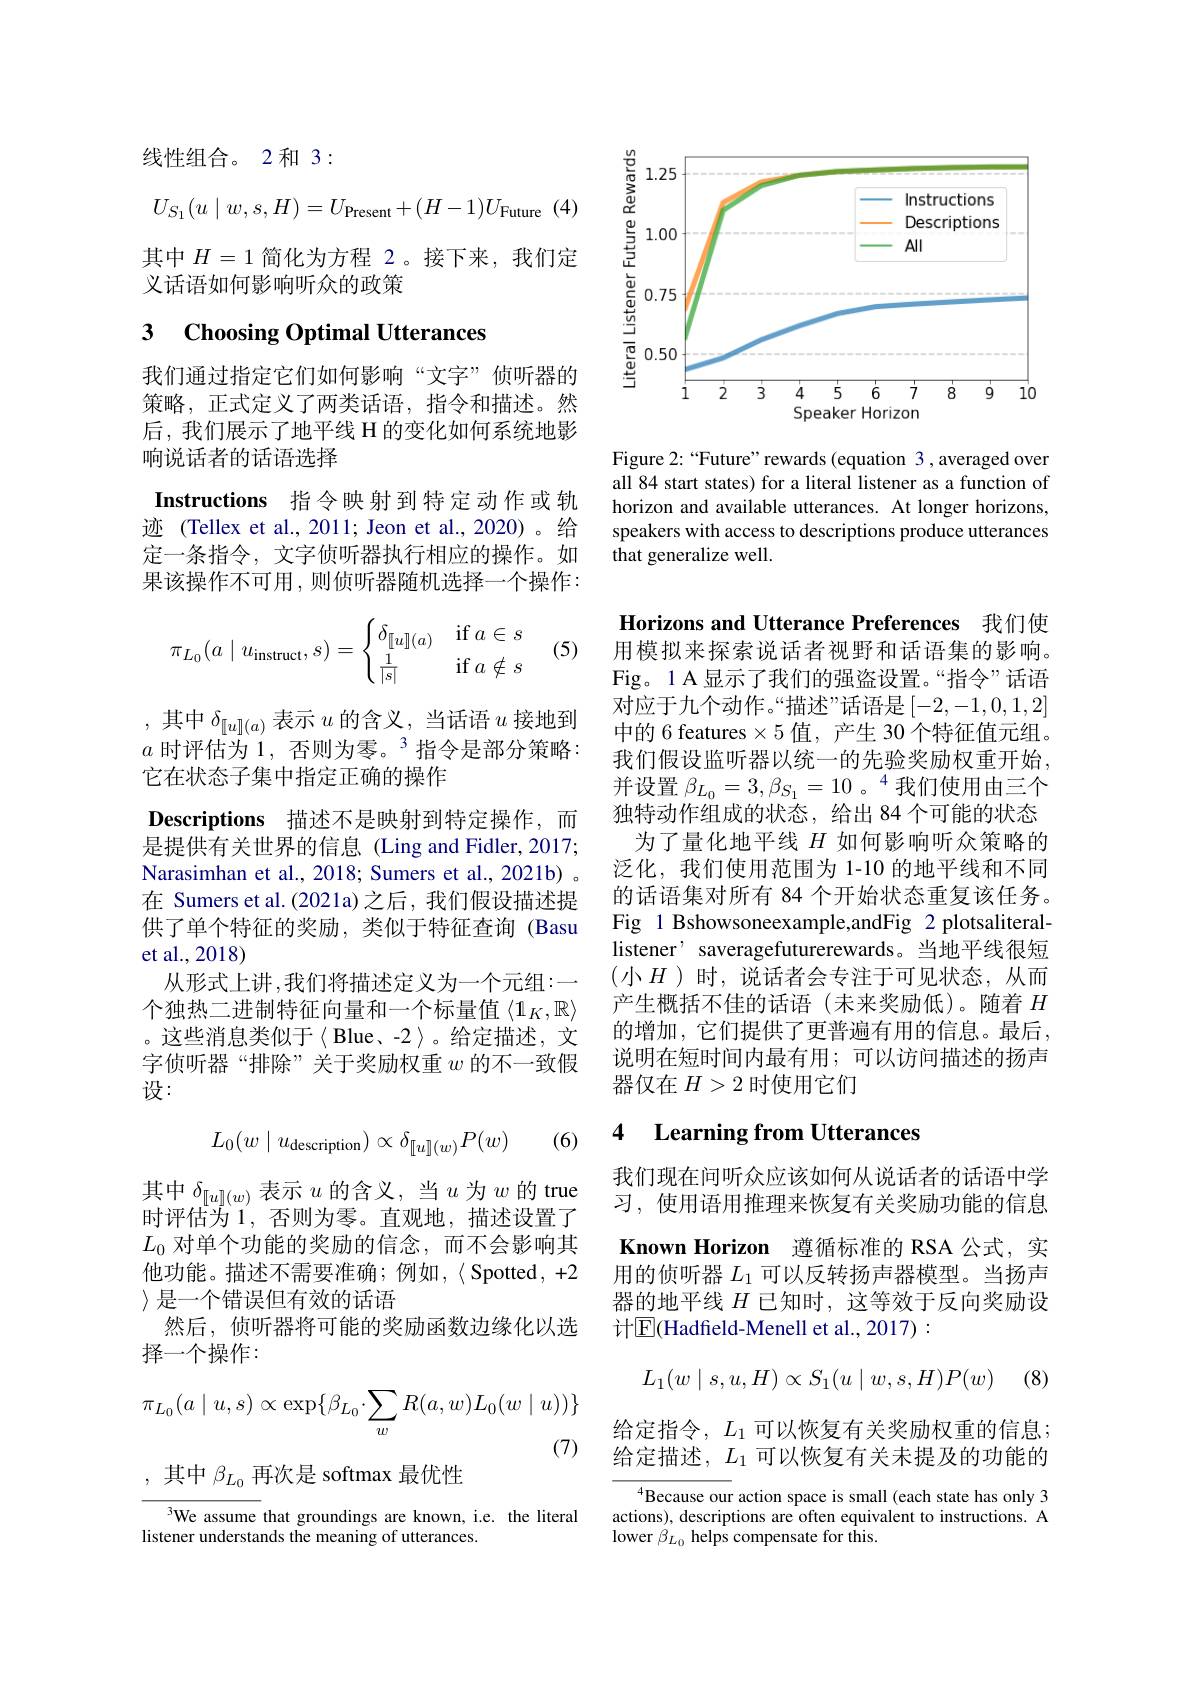
线性组合。2 和 3:
$$U_{S_1}(u\mid w,s,H)=U_{\text{Present}}+(H-1)U_{\text{Future}}$$
其中$H=1$简化为方程 2。接下来，我们定
义话语如何影响听众的政策

# 3 Choosing Optimal Utterances

我们通过指定它们如何影响“文字”侦听器的策略，正式定义了两类话语，指令和描述。然后，我们展示了地平线 H 的变化如何系统地影响说话者的话语选择

Instructions 指令映射到特定动作或轨迹 (Tellex et al., 2011; Jeon et al., 2020)。给定一条指令，文字侦听器执行相应的操作。如果该操作不可用，则侦听器随机选择一个操作：

(5)
$$\pi_{L_0}(a\mid u_\text{instruct},s)=\begin{cases}\delta_{[[u]](a)}&\text{if}\:a\in s\\\frac{1}{|s|}&\text{if}\:a\notin s\end{cases}$$
,其中$\delta_[u](a)$表示$u$的含义，当话语$u$接地到$a$时评估为 1, 否则为零。3 指令是部分策略： 它在状态子集中指定正确的操作
Descriptions 描述不是映射到特定操作，而是提供有关世界的信息(Ling and Fidler, 2017; Narasimhan et al., 2018; Sumers et al., 2021b) 。在 Sumers et al.(2021a)之后，我们假设描述提供了单个特征的奖励，类似于特征查询(Basu et al.,2018)
从形式上讲，我们将描述定义为一个元组：一个独热二进制特征向量和一个标量值$\langle1_K,\mathbb{R}\rangle$ 。这些消息类似于〈Blue、-2〉。给定描述，文字侦听器“排除”关于奖励权重$w$的不一致假设：

(6)
$$L_0(w\mid u_\text{description})\propto\delta_{[[u]](w)}P(w)$$
其中$\delta_[u](w)$表示$u$的含义，当$u$为$w$的true 时评估为 1, 否则为零。直观地，描述设置了$L_0$对单个功能的奖励的信念，而不会影响其他功能。描述不需要准确；例如，〈Spotted,+2 〉是一个错误但有效的话语
然后，侦听器将可能的奖励函数边缘化以选
择一个操作：
$$\pi_{L_0}(a\mid u,s)\propto\exp\{\beta_{L_0}\cdot\sum_wR(a,w)L_0(w\mid u))\}$$
(7)
,其中$\beta_{L_0}$再次是 softmax 最优性

We assume that groundings are known, i.e. the literal
listener understands the meaning of utterances.

<FigureHere>

Figure 2:“Future”rewards(equation 3,averaged over all 84 start states) for a literal listener as a function of horizon and available utterances. At longer horizons, speakers with access to descriptions produce utterances that generalize well.

Horizons and Utterance Preferences 我们使

用模拟来探索说话者视野和话语集的影响。Fig。1 A 显 示 了 我 们 的 强 盗 设 置 。“ 指 令 ” 话 语 对应于九个动作。“描述”话语是[-2,-1,0,1,2] 中的 6 features $\times5$值，产生 30 个特征值元组。我们假设监听器以统一的先验奖励权重开始， 并设置$\beta_{L_0}=3,\beta_{S_1}=10$ 。$^4$我们使用由三个独特动作组成的状态，给出 84 个可能的状态
为了量化地平线$H$如何影响听众策略的泛化，我们使用范围为 1-10 的地平线和不同的话语集对所有 84 个开始状态重复该任务。Fig 1 Bshowsoneexample,andFig 2 plotsaliterallistener’ saveragefuturerewards。当地平线很短(小$H$)时，说话者会专注于可见状态，从而产生概括不佳的话语(未来奖励低)。随着$H$ 的增加，它们提供了更普遍有用的信息。最后， 说明在短时间内最有用；可以访问描述的扬声器仅在$H>2$时使用它们

# 4 Learning from Utterances

我们现在问听众应该如何从说话者的话语中学习，使用语用推理来恢复有关奖励功能的信息Known Horizon 遵循标准的 RSA 公式，实用的侦听器$L_1$可以反转扬声器模型。当扬声器的地平线$H$已知时，这等效于反向奖励设计$\mathbb{E}($Hadfield-Menell et al., 2017) :
$$\begin{aligned}L_1(w\mid s,u,H)\propto S_1(u\mid w,s,H)P(w)\end{aligned}$$
1 (8)

给定指令，$L_1$可以恢复有关奖励权重的信息； 给定描述，$L_1$可以恢复有关未提及的功能的

$^{4}$Because our action space is small (each state has only 3 actions), descriptions are often equivalent to instructions. A lower $\beta_{L_0}$ helps compensate for this.